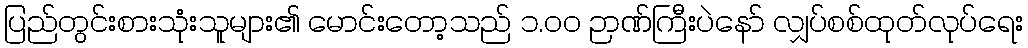
ပြည်တွင်းစားသုံးသူများ၏ မောင်းတော့သည် ၁.၀၀ ဉာဏ်ကြီးပဲနော် လျှပ်စစ်ထုတ်လုပ်ရေး